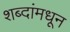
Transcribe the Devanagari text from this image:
शब्दांमधून